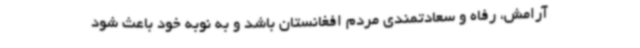
آرامش، رفاه و سعادتمندی مردم افغانستان باشد و به نوبه خود باعث شود